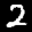
Label: 2